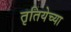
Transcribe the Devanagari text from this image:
तृतियेच्या